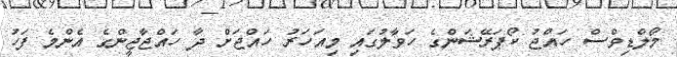
މޯލްޑިވްސް ހައްޖު ކޯޕަރޭޝަންގެ ހަވާލުގައި މިއަހަރު ހައްޖަށް ދާ ހައްޖާޖީންގެ އެންމެ ފަހު